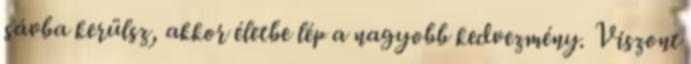
sávba kerülsz, akkor életbe lép a nagyobb kedvezmény. Viszont